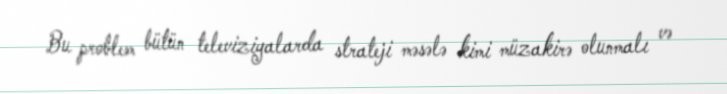
Bu problem bütün televiziyalarda strateji məsələ kimi müzakirə olunmalı və